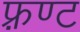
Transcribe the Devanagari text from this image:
फ़्रण्ट